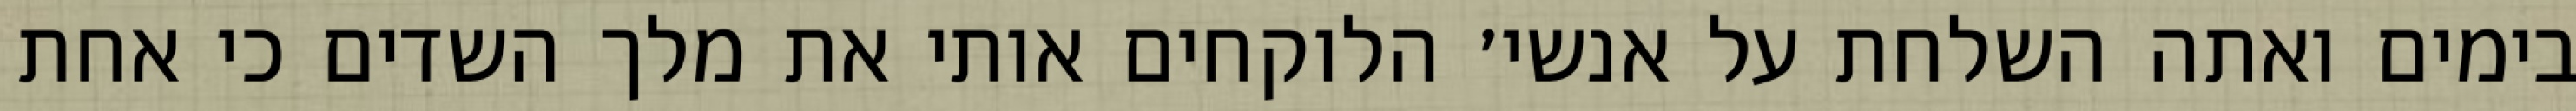
בימים ואתה השלחת על אנשי׳ הלוקחים אותי את מלך השדים כי אחת